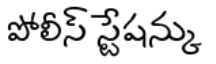
పోలీస్ స్టేషన్కు